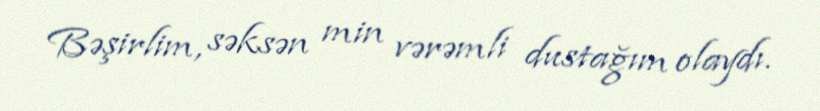
Bəşirlim, səksən min vərəmli dustağım olaydı.